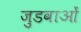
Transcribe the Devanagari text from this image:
जुडवाओं